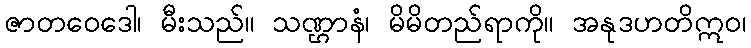
ဇာတဝေဒေါ၊ မီးသည်။ သဏ္ဌာနံ၊ မိမိတည်ရာကို။ အနုဒဟတိဣဝ၊